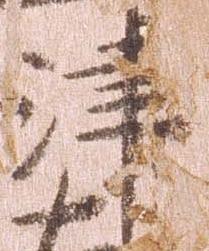
津